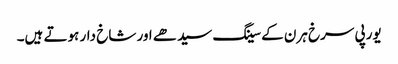
یورپی سرخ ہرن کے سینگ سیدھے اور شاخ دار ہوتے ہیں۔